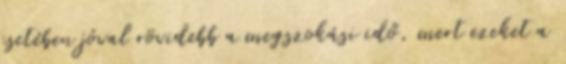
esetében jóval rövidebb a megszokási idő, mert ezeket a